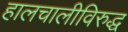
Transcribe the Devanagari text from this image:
हालचालीविरुद्ध